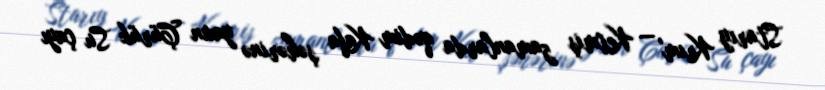
Starıy Krım' — Keçmiş zamanlarda qədim Kafa şəhərinə yaxın Çürük Su çayı